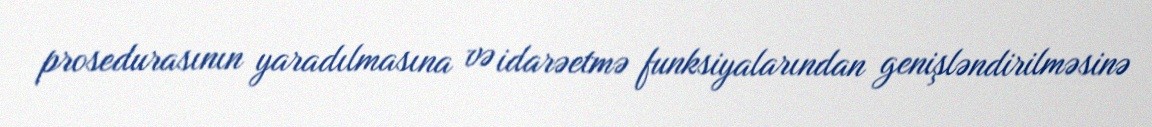
prosedurasının yaradılmasına və idarəetmə funksiyalarından genişləndirilməsinə